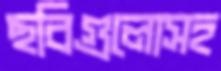
ছবিগুলোসহ